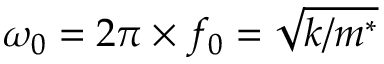
\omega _ { 0 } = 2 \pi \times f _ { 0 } = \sqrt { k / m ^ { * } }